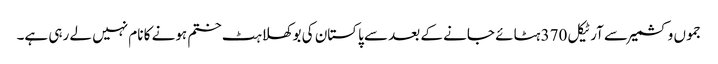
جموں وکشمیر سے آرٹیکل 370 ہٹائے جانے کے بعد سے پاکستان کی بوکھلاہٹ ختم ہونے کا نام نہیں لے رہی ہے۔